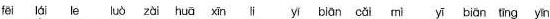
fei lái le luò zài huā xnivbiān cǎi mi yi biān ting yin